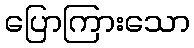
ပြောကြားသော